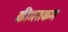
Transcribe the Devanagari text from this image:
कीमतकम